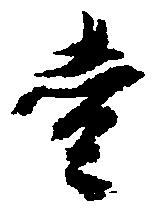
壱